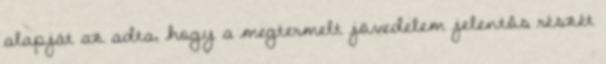
alapját az adta, hogy a megtermelt jövedelem jelentôs részét